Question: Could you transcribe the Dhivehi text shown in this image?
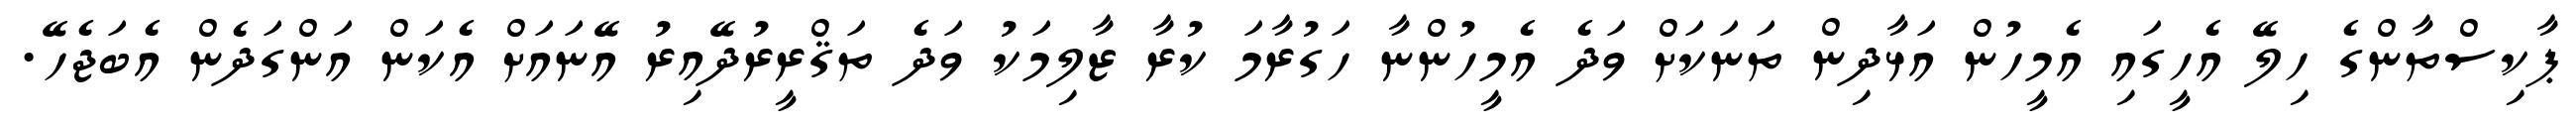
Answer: ޕާކިސްތާންގެ ހިލޭ އެހީގައި އެމީހުން އަޅާދިން ތަނަކަށް ވަދެ އެމީހުންނާ ހަގުރާމަ ކުރާ ޒާލިމަކު ވަދެ ތަޤްރީރުދޭއިރު އޭނައަށް އެކަން އަންގަދެން އެބަޖެހޭ.